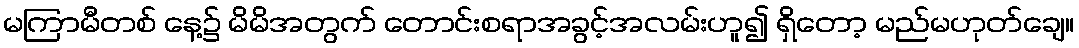
မကြာမီတစ် နေ့၌ မိမိအတွက် တောင်းစရာအခွင့်အလမ်းဟူ၍ ရှိတော့ မည်မဟုတ်ချေ။